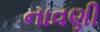
નાવણી